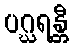
ပဂ္ဃရန္တီ